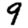
Digit: 9